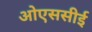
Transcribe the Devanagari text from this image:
ओएससीई